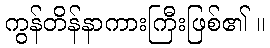
ကွန်တိန်နာကားကြီးဖြစ်၏ ။